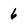
Character: 6